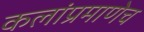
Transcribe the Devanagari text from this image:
कलांप्रमाणेच